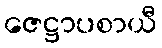
ဇေဋ္ဌာပစာယီ